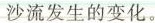
沙流发生的变化。